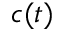
c ( t )